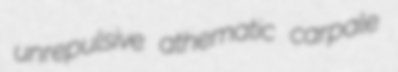
unrepulsive athematic carpale